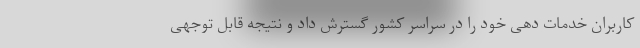
کاربران خدمات دهی خود را در سراسر کشور گسترش داد و نتیجه قابل توجهی